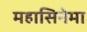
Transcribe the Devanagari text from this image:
महासिनेमा